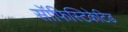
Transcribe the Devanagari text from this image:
सॉफिस्टिकेटिड